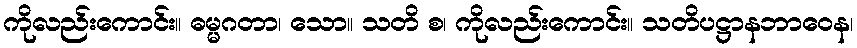
ကိုလည်းကောင်း။ ဓမ္မဂတာ၊ သော။ သတိ စ၊ ကိုလည်းကောင်း။ သတိပဋ္ဌာနဘာဝေန၊